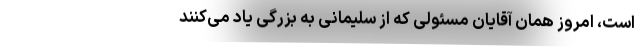
است، امروز همان آقایان مسئولی که از سلیمانی به بزرگی یاد می‌کنند